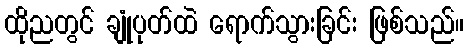
ထိုညတွင် ချုံပုတ်ထဲ ရောက်သွားခြင်း ဖြစ်သည်။